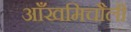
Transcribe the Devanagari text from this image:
आँखमिचौली